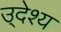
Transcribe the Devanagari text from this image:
उ्देश्य